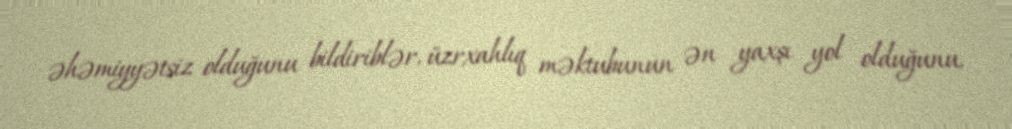
əhəmiyyətsiz olduğunu bildiriblər, üzrxahlıq məktubunun ən yaxşı yol olduğunu,